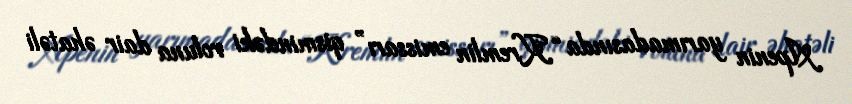
Apenin yarımadasında “Kremlin emissarı” qismindəki roluna dair əhatəli